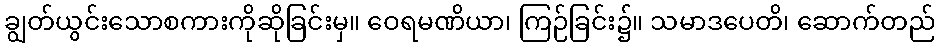
ချွတ်ယွင်းသောစကားကိုဆိုခြင်းမှ။ ဝေရမဏိယာ၊ ကြဉ်ခြင်း၌။ သမာဒပေတိ၊ ဆောက်တည်